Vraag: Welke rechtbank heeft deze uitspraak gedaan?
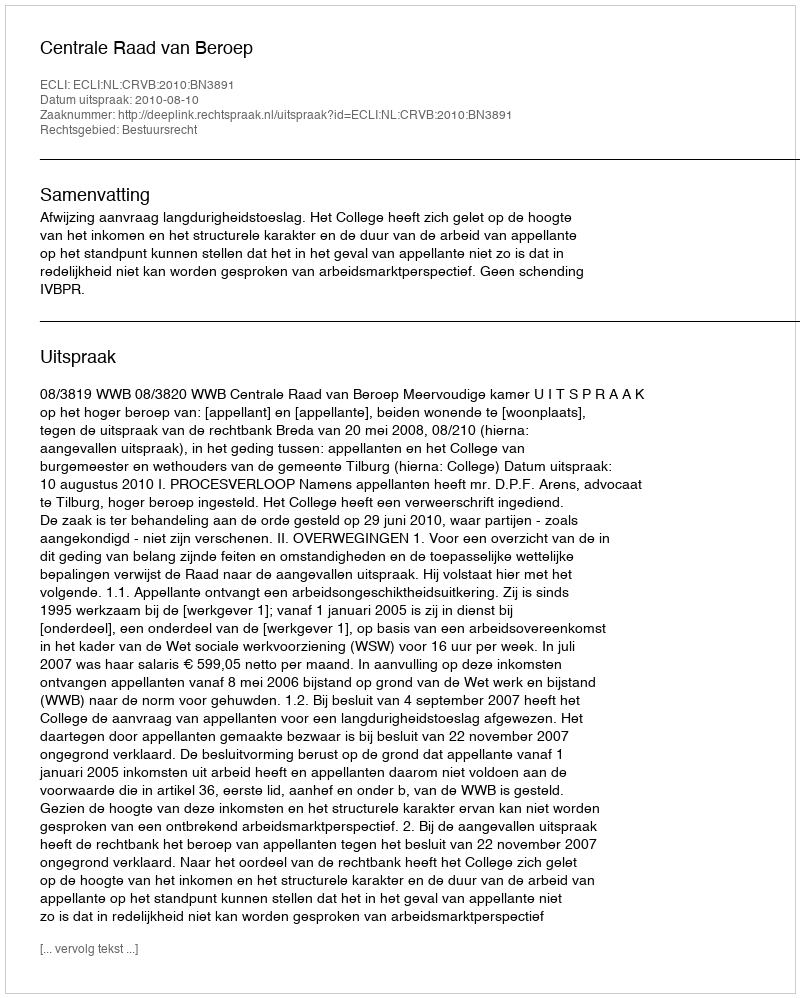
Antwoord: Centrale Raad van Beroep